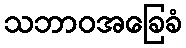
သဘာဝအခြေခံ